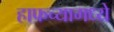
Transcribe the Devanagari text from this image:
हाफच्यामध्ये